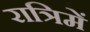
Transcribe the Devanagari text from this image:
रात्रिमें